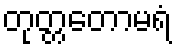
တုတ္တတောမရံ